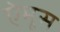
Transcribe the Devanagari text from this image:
ऐमूस